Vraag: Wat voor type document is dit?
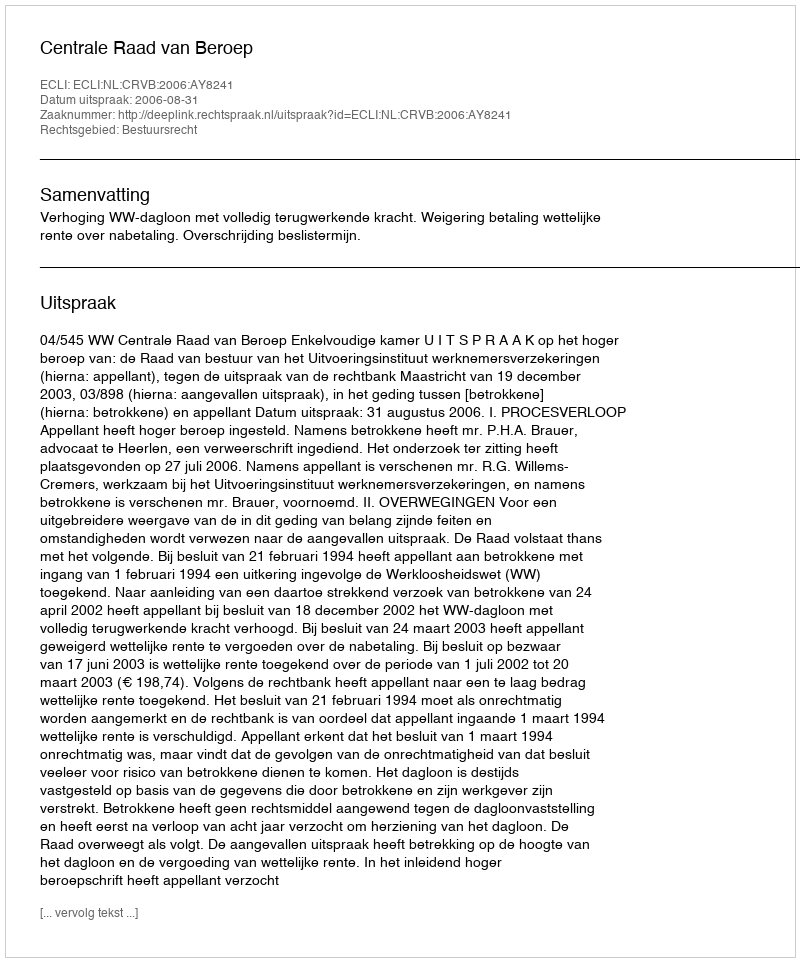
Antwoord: Uitspraak